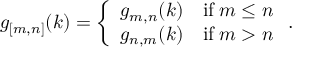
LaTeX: g _ { [ m , n ] } ( k ) = \left\{ \begin{array} { l l } { { g _ { m , n } ( k ) } } & { { \mathrm { i f } \; m \leq n } } \\ { { g _ { n , m } ( k ) } } & { { \mathrm { i f } \; m > n } } \end{array} \right. .